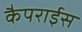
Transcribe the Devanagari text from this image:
कैपराईस